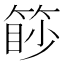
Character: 篎